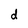
Character: d